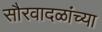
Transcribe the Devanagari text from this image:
सौरवादळांच्या